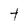
Character: t